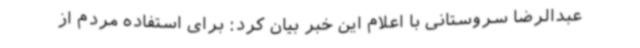
عبدالرضا سروستانی با اعلام این خبر بیان کرد: برای استفاده مردم از